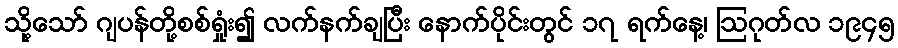
သို့သော် ဂျပန်တို့စစ်ရှုံး၍ လက်နက်ချပြီး နောက်ပိုင်းတွင် ၁၇ ရက်နေ့၊ ဩဂုတ်လ ၁၉၄၅